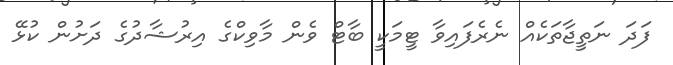
ފަދަ ނަތީޖާތަކެއް ނެރެފައިވާ ޓީމަކީ ބާޓް ވެން މާވިކްގެ އިރުޝާދުގެ ދަށުން ކުޅޭ